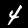
Digit: 4